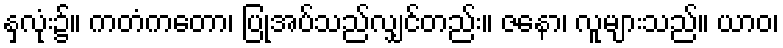
နှလုံး၌။ ကတံကတော၊ ပြုအပ်သည်လျှင်တည်း။ ဇနော၊ လူများသည်။ ယာဝ၊